system: You are a helpful assistant.
user:
Analyze the provided spectrum to determine if it is a **S-type Star**.

- **Key Indicators for S-type Star:**

    - **(Overall Spectrum Shape):** The first and most obvious characteristic is the overall continuum (the "baseline" shape). It is **extremely "red-sloping,"** meaning the flux (light intensity) is very low on the left side (blue, ~4000-4500 Å) and rises steeply and continuously toward the right side (red, ~7000 Å+).

    - **(Primary):** The spectrum is defined by the presence of strong, broad molecular absorption "valleys" (bands) from **Zirconium Oxide (ZrO)**. The identification of these bands is the **primary requirement** for classifying a star as S-type.
        - **(Key Bandheads):** You must find distinct, deep "dips" where the light has been absorbed. The most critical band systems to locate are:
            - **~6474 Å** ($\gamma$-system): This is often the strongest and clearest ZrO feature, found in the red part of the spectrum.
            - **~5718 Å** & **~5551 Å** ($\beta$-system): A pair of prominent absorption features in the yellow-orange part of the spectrum.
            - **~4640 Å** ($\alpha$-system): A key absorption band system in the blue-green region of the spectrum.

    - **(Secondary Confirmation):** The classification is strengthened by finding additional absorption bands from other related heavy element oxides, which are expected to be present alongside ZrO.
        - **(Key Bandheads):**
            - **Yttrium Oxide (YO):** Look for absorption dips near **~4800 Å** and **~6100 Å**.
            - **Lanthanum Oxide (LaO):** Additional absorption features, particularly in the red-orange part of the spectrum, are also characteristic.

    - **(Line Profile):** The combination of the steep red continuum and these numerous, deep molecular bands (ZrO, YO, etc.) gives the entire spectrum a very **"chopped-up"** or **"bumpy"** appearance. Instead of a smooth curve, the spectrum looks as though large, wide chunks of light have been "carved out" of it at the specific wavelengths listed above.

Think first, call **spectral_visualization_tool** if needed to examine features in detail, then provide your final answer. Your response must adhere to the following strict rules:
1.  **Overall Structure:** Your response must follow the format `<think>...</think> <tool_call>...</tool_call> (if a tool is used) <answer>...</answer>`.
2.  **Tool Usage Constraint:** You may only make **one** tool call per turn.
3.  **Final Answer Format:** In the `<answer>` tag, your conclusion must be inside a `\boxed{}` command (e.g., `\boxed{YES}` or `\boxed{NO}`), followed by your justification.

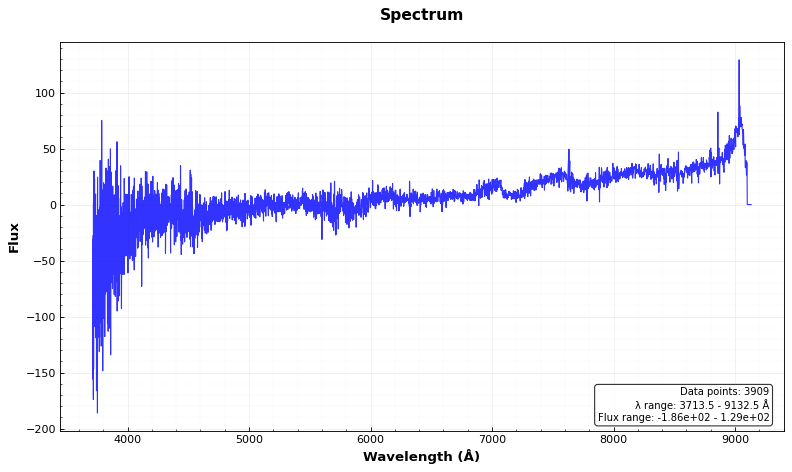
Answer: YES